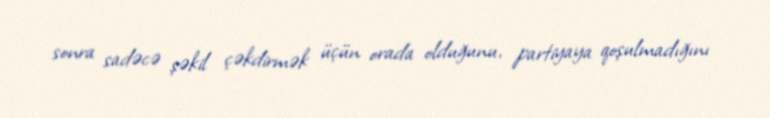
sonra sadəcə şəkil çəkdirmək üçün orada olduğunu, partiyaya qoşulmadığını